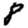
Digit: 8